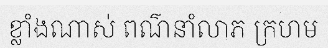
ខ្លាំងណាស់ ពណ៌នាំលាភ ក្រហម